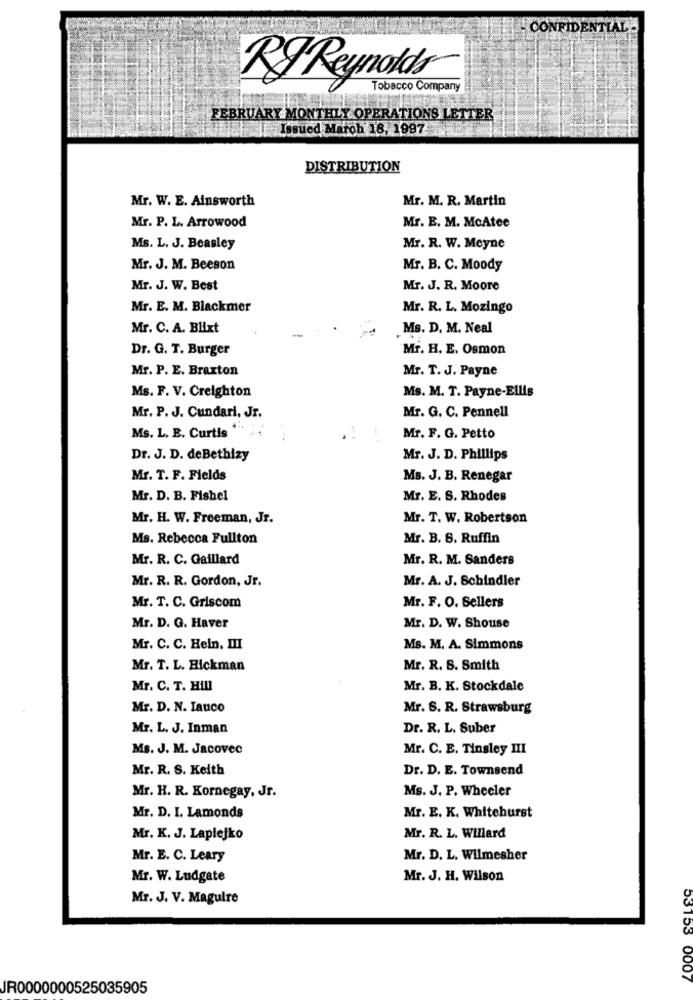
CONFIDENTIAL -
Ry Reynolds
Tobacco Company
FEBRUARY MONTHLY OPERATIONS LETTER
Issued March 18, 1997
DISTRIBUTION
Mr. W. E. Ainsworth
Mr. M. R. Martin
Mr. P. L. Arrowood
Mr. E. M. McAtee
Ms. L. J. Beasley
Mr. R. W. Meyne
Mr. J. M. Beeson
Mr. B. C. Moody
Mr. J. W. Best
Mr. J. R. Moore
Mr. E. M. Blackmer
Mr. R. L. Mozingo
Mr. C. A. Blixt
Ms. D. M. Neal
Dr. G. T. Burger
Mr. H. E. Osmon
Mr. P. E. Braxton
Mr. T. J. Payne
Ms. F. V. Creighton
Ms. M. T. Payne-Ellis
Mr. G. C. Pennell
Mr. P. J. Cundari, Jr.
Ms. L. E. Curtis
Mr. F. G. Petto
Dr. J. D. deBethizy
Mr. J. D. Phillips
Mr. T. F. Fields
Ms. J. B. Renegar
Mr. D. B. Fishel
Mr. E. S. Rhodes
Mr. H. W. Freeman, Jr.
Mr. T. W. Robertson
Ms. Rebecca Fullton
Mr. B. S. Ruffin
Mr. R. C. Gaillard
Mr. R. M. Sanders
Mr. R. R. Gordon, Jr.
Mr. A. J. Schindler
Mr. F. O. Sellers
Mr. T. C. Griscom
Mr. D. G. Haver
Mr. D. W. Shouse
Mr. C. C. Heln. III
Ms. M. A. Simmons
Mr. T. L. Hickman
Mr. R. S. Smith
Mr. C. T. Hill
Mr. B. K. Stockdale
Mr. D. N. Iauco
Mr. S. R. Strawsburg
Mr. L. J. Inman
Dr. R. L. Suber
Ms. J. M. Jacovec
Mr. C. E. Tinsley III
Mr. R. S. Keith
Dr. D. E. Townsend
Mr. H. R. Kornegay, Jr.
Ms. J. P. Wheeler
Mr. E. K. Whitehurst
Mr. D. I. Lamonds
Mr. K. J. Laplejko
Mr. R. L. Willard
Mr. E. C. Leary
Mr. D. L. Wilmesher
Mr. W. Ludgate
Mr. J. H. Wilson
Mr. J. V. Maguire
53153 0007
JR0000000525035905